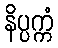
နိပ္ပက္ကံ